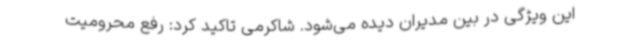
این ویژگی در بین مدیران دیده می‌شود. شاکرمی تاکید کرد: رفع محرومیت